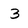
Character: 3